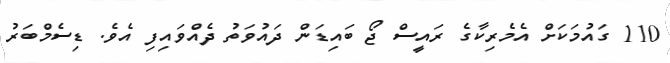
110 ގައުމަކަށް އެމެރިކާގެ ރައީސް ޖޯ ބައިޑަން ދައުވަތު ދެއްވައިފި އެވެ. ޑިސެމްބަރު